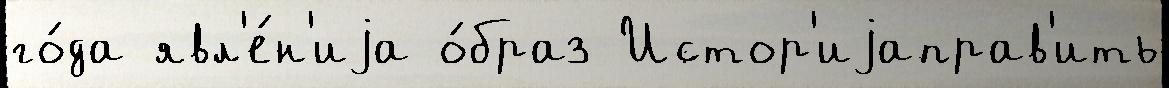
го́да явл'е́н'иjа о́браз Истор'иjаправ'ить